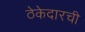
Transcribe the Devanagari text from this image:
ठेकेदारची